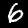
Digit: 6